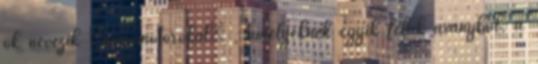
ők nevezik „nanomotorokat” , amelyeknek egyik felük aranyból, a